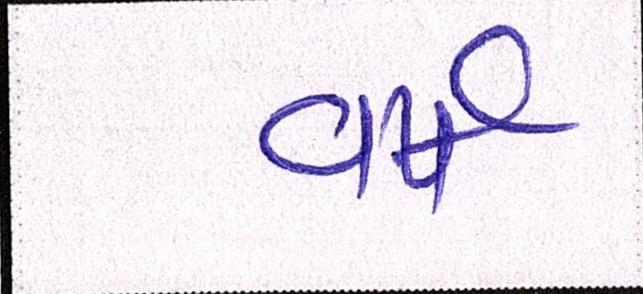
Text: વર્ષ